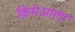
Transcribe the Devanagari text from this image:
क्रिमेआला